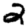
Digit: 2